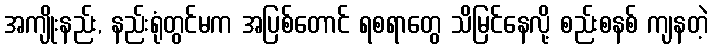
အကျိုးနည်း, နည်းရုံတွင်မက အပြစ်တောင် ရစရာတွေ သိမြင်နေလို့ စည်းစနစ် ကျနတဲ့